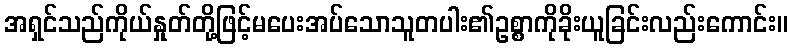
အရှင်သည်ကိုယ်နှုတ်တို့ဖြင့်မပေးအပ်သောသူတပါး၏ဥစ္စာကိုခိုးယူခြင်းလည်းကောင်း။